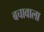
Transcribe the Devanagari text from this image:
बचावाला